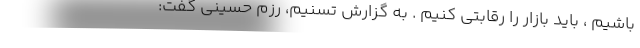
باشیم ، باید بازار را رقابتی کنیم . به گزارش تسنیم، رزم حسینی گفت: